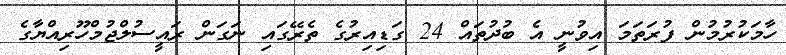
ހާމަކުރުމުން ފުރަތަމަ އިވުނީ އެ ބުދުތައް 24 ގަޑިއިރުގެ ތެރޭގައި ނަގަން ރައީސުލްޖުމްހޫރިއްޔާގެ